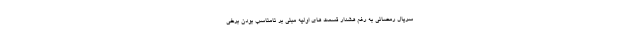
سریال رمضانی به رغم هشدار قسمت های اولیه مبنی بر نامناسب بودن برخی